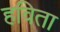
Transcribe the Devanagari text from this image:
हविता